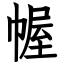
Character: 幄